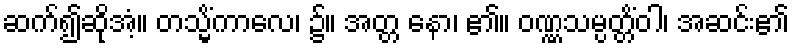
ဆက်၍ဆိုအံ့။ တသ္မိံကာလေ၊ ၌။ အတ္တ နော၊ ၏။ ဝဏ္ဏသမ္ပတ္တိံဝါ၊ အဆင်း၏